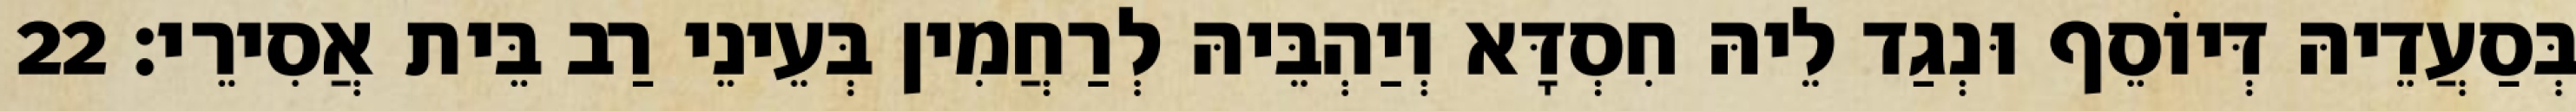
בְּסַעֲדֵיהּ דְּיוֹסֵף וּנְגַד לֵיהּ חִסְדָּא וְיַהְבֵּיהּ לְרַחֲמִין בְּעֵינֵי רַב בֵּית אֲסִירֵי׃ 22